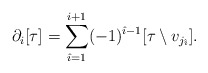
\begin{align*}\partial_{i}[\tau]=\sum_{\hat{\imath}=1}^{i+1}(-1)^{\hat{\imath}-1}[\tau\setminus v_{j_{\hat{\imath}}}].\end{align*}